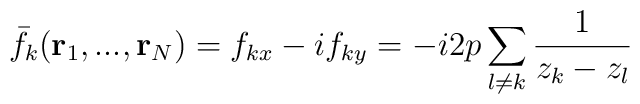
\bar{f}_k({\bf r}_1,...,{\bf r}_N)=f_{kx} - if_{ky}=-i2p\sum_{l\neq k}\frac{1}{z_k-z_l}